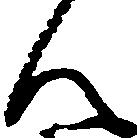
ん